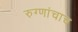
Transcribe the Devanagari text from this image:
रुग्णांचाच